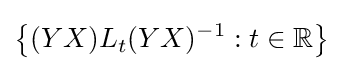
\left\{(YX)L_{t}(YX)^{-1}:t\in \mathbb {R} \right\}